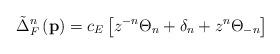
LaTeX: \begin{align*}\tilde{\Delta}_F^n\left( \mathbf{p}\right) =c_E\left[ z^{-n}\Theta _n+\delta_n+z^n\Theta _{-n}\right]\end{align*}